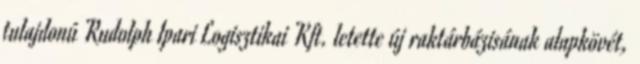
tulajdonú Rudolph Ipari Logisztikai Kft. letette új raktárbázisának alapkövét,